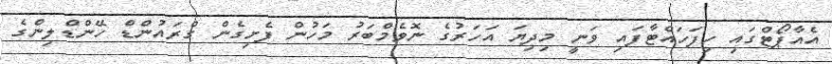
އެއާޕޯޓްގައި ހިފަހައްޓާފައި ވަނީ މިދިޔަ އަހަރުގެ ނޮވެމްބަރު މަހުން ފެށިގެން ގްރައުންޑް ހޭންޑްލިންގެ